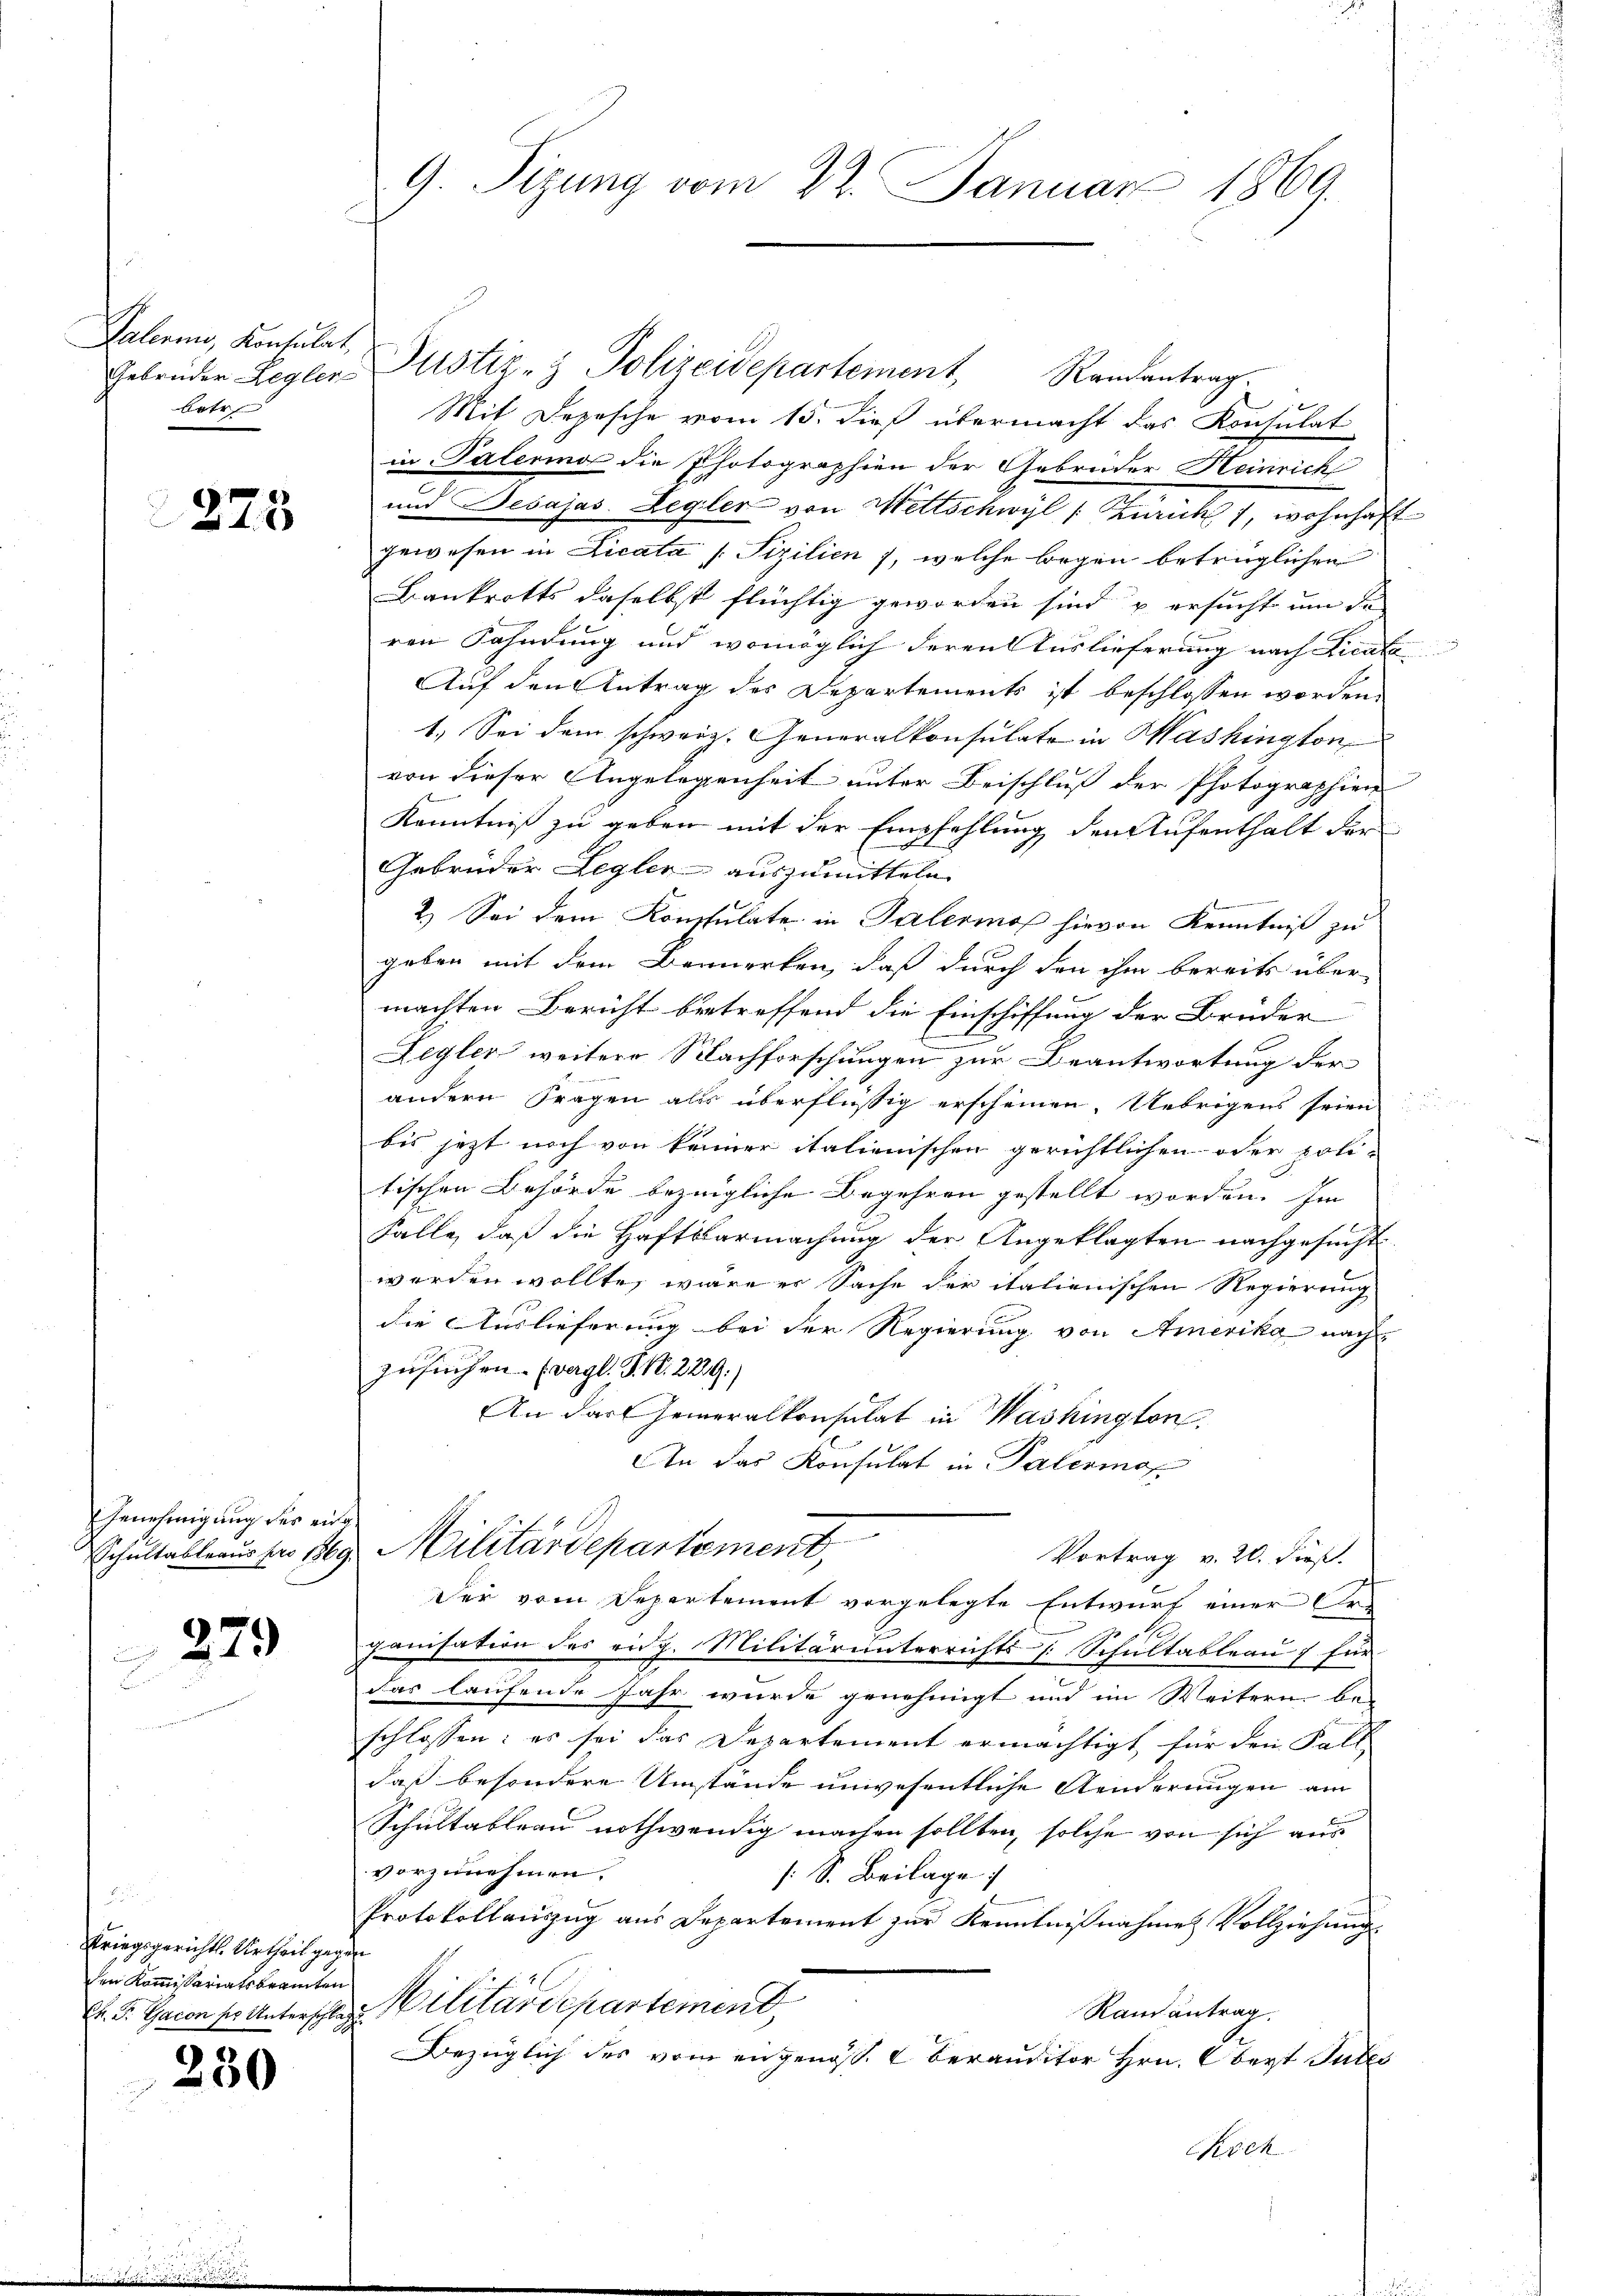
Palerin, Konsulat,
etr

273

Genehmigung der einge

279

Kriegsgerichts Urtheil gegen
den Kommissariatsbeamten
Ch. Fr. Gacon so Unterschlag

230

Gebrüder Begler Justiz- & Polizeidepartement Randantrag.
Mit Depesche vom 15. dieß übermacht das Konsulat
in Palerina die Photographien der Gebrüder Heinrich
und Besajas Regler von Mittschwyl, Zürich), wohnhaft
gewesen in Licata /: Sizilien , welche begen betrüglichen
Bankrotts daselbst flüchtig geworden sind u ersucht um da
ren Fahndung und womöglich deren Auslieferung nach Licate
Auf den Antrag des Departements ist beschlossen worden.
1. Sei dem schweiz. Generalkonsulate in Washington
von dieser Angelegenheit unter Beischluß der Photographien
Kenntniß zu geben mit der Empfehlung den Aufenthalt der
Gebrüder Legler auszumitteln.
2.) Sei dem Konsulate in Talermoß hievon Kenntniß zu
geben mit dem Bemerken, daß durch den ihm bereits über
machten Bericht betreffend die Einschiffung der Brüder
Zegler weitere Nachforschungen zur Beantwortung der
andern Fragen als überflüßig erscheinen. Uebrigens seien
bis jetzt noch von kenner italienischen gerichtlichen oder poli-
tischen Behörde bezeigliche Begehren gestellt worden. Im
1
Falle, daß die Haftbarmachung der Angeklagten nachgesucht.
werden wollte, wäre er Sache der italienischen Regierung
die Auslieferung bei der Regierung von Amerika nach
zusuchen. (vergl. P. Nr. 2229)
An das Generalkonsulat in Washington.
An das Konsulat in Palermoc
Schultableausser 169. Militärdepartement,
Vortrag v. 20. dieß.
Der vom Departement vorgelegte Entwurf einer Er-
ganisation des eidg. Militärunterrichts Schultableau für
das laufende Jahr wurde genehmigt und im Weitern be-
schlossen: es sei das Departement ermächtigt für den Fall
daß besondere Umstände unwesentliche Aenderungen am
Schultableau nothwendig machen sollten, solche von sich aus
vorzunehmen,
[: S. Beilage
Protokollauszug aus Departement zur Kenntnißnahme Vollziehung
Militärdepartemend,
Randantrag.
Bezüglich des vom angenoss. Oberauditor Hrn. Obert Tutes
Cich

G. Sizung vom 22. Januar 1869.